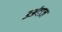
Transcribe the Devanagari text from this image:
३अंदाज